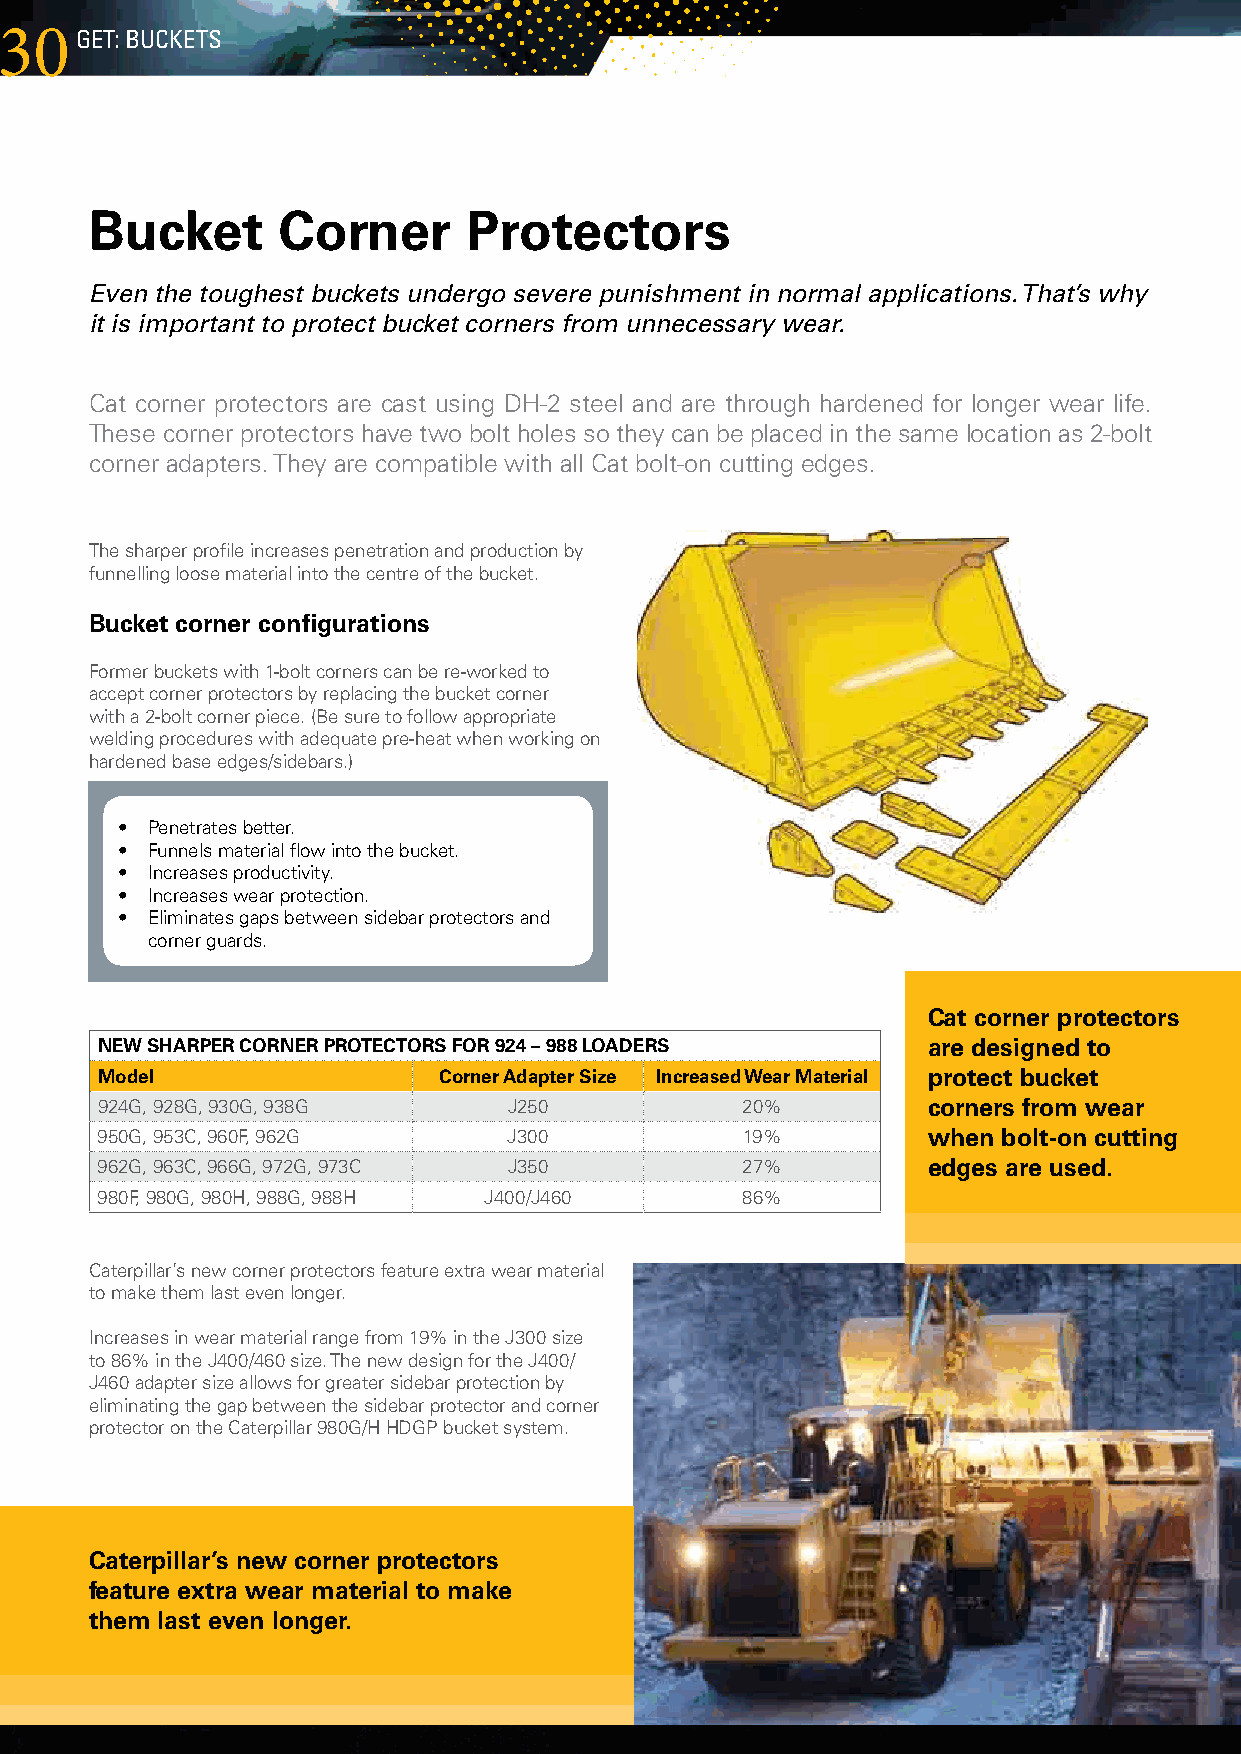
30gEt:  BuckEts
 Bucket      Corner       Protectors
 Even the toughest buckets undergo severe punishment in normal applications. That’s why
 it is important to protect bucket corners from unnecessary wear.
 CatcornerprotectorsarecastusingDH-2steelandarethroughhardenedforlongerwearlife.
 Thesecornerprotectorshavetwoboltholessotheycanbeplacedinthesamelocationas2-bolt
 corneradapters.TheyarecompatiblewithallCatbolt-oncuttingedges.
 Thesharperprofileincreasespenetrationandproductionby
 funnellingloosematerialintothecentreofthebucket.
 Bucket corner configurations
 Formerbucketswith1-boltcornerscanbere-workedto
 acceptcornerprotectorsbyreplacingthebucketcorner
 witha2-boltcornerpiece.(Besuretofollowappropriate
 weldingprocedureswithadequatepre-heatwhenworkingon
 hardenedbaseedges/sidebars.)
 • Penetratesbetter.
 • Funnelsmaterialflowintothebucket.
 • Increasesproductivity.
 • Increaseswearprotection.
 • Eliminatesgapsbetweensidebarprotectorsand
 cornerguards.
 Cat corner protectors
 NEW SHARPER CORNER PROTECTORS FOR 924 – 988 LOADERS    are designed to
 Model                  Corner Adapter Size Increased Wear Material protect bucket
 924G,928G,930G,938G      J250           20%         corners from wear
 950G,953C,960F,962G      J300           19%         when bolt-on cutting
 962G,963C,966G,972G,973C J350          27%         edges are used.
 980F,980G,980H,988G,988H J400/J460     86%
 Caterpillar’snewcornerprotectorsfeatureextrawearmaterial
 tomakethemlastevenlonger.
 Increasesinwearmaterialrangefrom19%intheJ300size
 to86%intheJ400/460size.ThenewdesignfortheJ400/
 J460adaptersizeallowsforgreatersidebarprotectionby
 eliminatingthegapbetweenthesidebarprotectorandcorner
 protectorontheCaterpillar980G/HHDGPbucketsystem.
 Caterpillar’s new corner protectors
 feature extra wear material to make
 them last even longer.